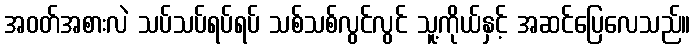
အဝတ်အစားလဲ သပ်သပ်ရပ်ရပ် သစ်သစ်လွင်လွင် သူ့ကိုယ်နှင့် အဆင်ပြေလေသည်။